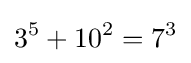
3^{5}+10^{2}=7^{3}